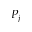
P _ { j }